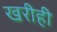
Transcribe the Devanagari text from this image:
खरीही